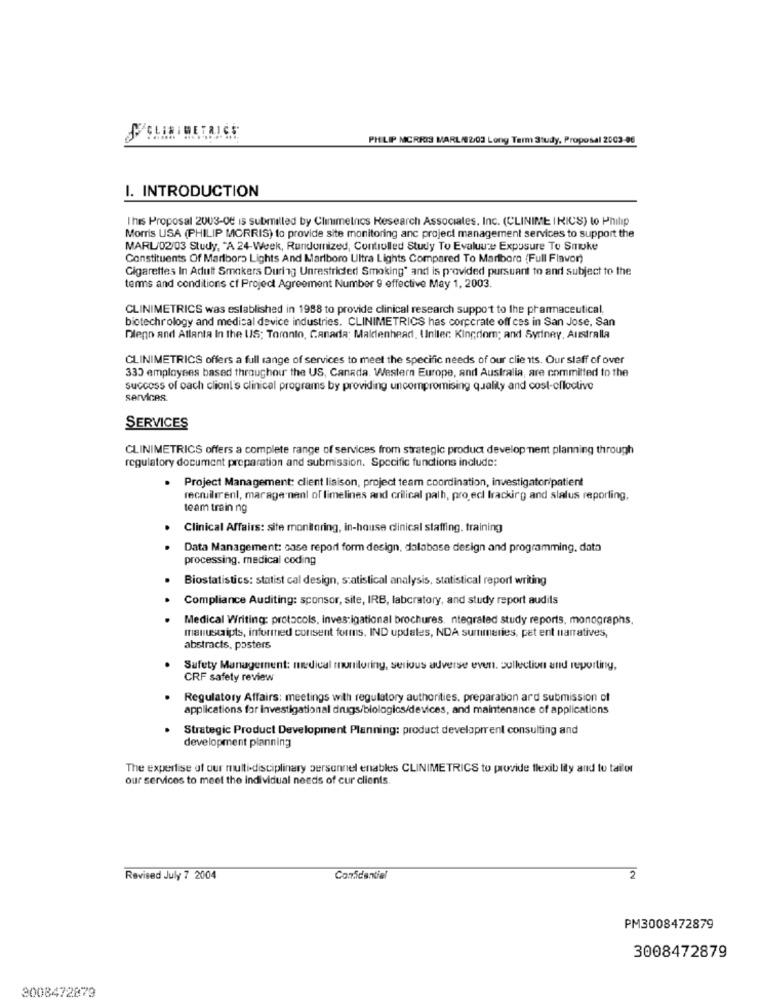
PHILIP MORRIS MARL/2/03 Long Term Study, Proposal 2003-06
I. INTRODUCTION
This Proposal 2003-08 is submilled by Clinimetros Research Associates, Inc. (CLINIME IRICS) to Philip
Morris USA (PHILIP MORRIS) to provide site monitoring anc project management services to support the
MARL/02/03 Study, "A 24-Week, Rundumized, Controlled Study To Evaluate Exposure To Smoke
Constituents Of Marlboro Lights And Marlboro Ultra Lights Compared To Marlboro (Full Flavor)
Cigarettes In Adult Smokers During Unrestricted Smoking" and is provided pursuant to and subject to the
terms and conditions cf Project Agreement Number 9 effective May 1, 2003.
CLINIMETRICS was established in 1988 to provide clinical research support to the pharmaceutical,
biotechrology and medical device industries. CLINIMETRICS has corpcrate off ces in San Jose, San
Diego and Atlanta In the US; Toronto, Canada; Maidenhead, Unller Kingdom; and Syriney, Australla
CLINIMETRICS offers a full range of services to meet the specific needs of our clie its. Our staff of over
330 employees based throughour the US, Canada. Western Europe, and Australia, are committed to the
success of cach client's clinical programs by providing uncompromising quality and cost-ofloclive
services.
SERVICES
CLINIMETRICS offers a complete range of services from strategic product development planning through
regulatory document preparation and submission. Specific functions include:
.
Project Management: client liaison, project team coordination, investigatoripatient
recmillerent, marage nanl of limelines and crilical path, project tracking and slalus reporting,
team train ng
Clinical Affairs: site monitoring, in-house clinical staffing, training
Data Management: case report form design, dalabase design and programming, data
processing. medical coding
Biostatistics: statist cal design, statistical analysis, statistical report writing
Compliance Auditing: sponsor, site, IRB, laboratory, and study report audits
Medical Writing: protocols, investigational brochures. ntegrated study reports, monographs,
manuscripts, informed consent forms. IND updates, NDA summaries, pet ent narratives,
abstracts, posters
Safety Management: medical monitoring, serious adverse even, pullection and reporting,
CRF safety review
Regulatory Affairs: meetings with regulatory authorities, preparation ard submission of
applications for investigational drugs/biologics/devices, and maintenance of applications
Strategic Product Development Planning: product development consulting and
development planning
The expertise of our multi-disciplinary personnel enables CLINIME TRICS to provide flexibility and to tailor
our services to meet the individual needs of cur clients.
Revised July 7 2004
Confidentiel
2
PM3008472879
3008472879
2008472879